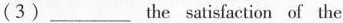
(3)___the satisfaction of the